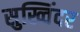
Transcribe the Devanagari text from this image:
सुख्विंदर